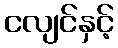
ငလျင်နှင့်